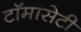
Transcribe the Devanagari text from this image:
टाॅमासेटी